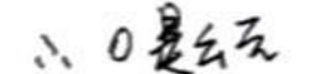
$\therefore 0$是终点